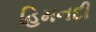
હિમનદી